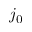
j _ { 0 }